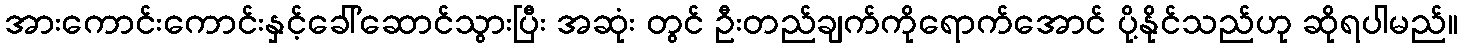
အားကောင်းကောင်းနှင့်ခေါ်ဆောင်သွားပြီး အဆုံး တွင် ဦးတည်ချက်ကိုရောက်အောင် ပို့နိုင်သည်ဟု ဆိုရပါမည်။